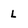
Character: L